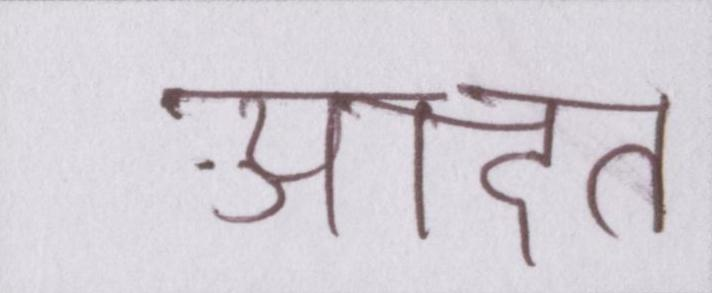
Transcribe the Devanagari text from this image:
आदत